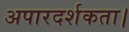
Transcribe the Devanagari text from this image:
अपारदर्शकता।